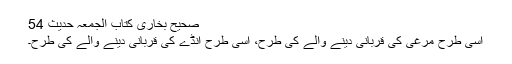
صحیح بخاری کتاب الجمعہ حدیث 54
اسی طرح مرغی کی قربانی دینے والے کی طرح، اسی طرح انڈے کی قربانی دینے والے کی طرح۔